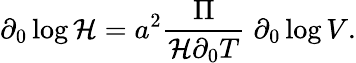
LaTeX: \partial_{0}\log{\cal H}=a^{2}{\frac{\Pi}{{\cal H}\partial_{0}T}}\; \partial_{0}\log V.